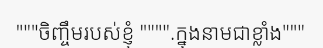
"""ចិញ្ចឹមរបស់ខ្ញុំ """".ក្នុងនាមជាខ្លាំង"""